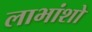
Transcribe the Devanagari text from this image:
लाभांशो